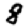
Digit: 8